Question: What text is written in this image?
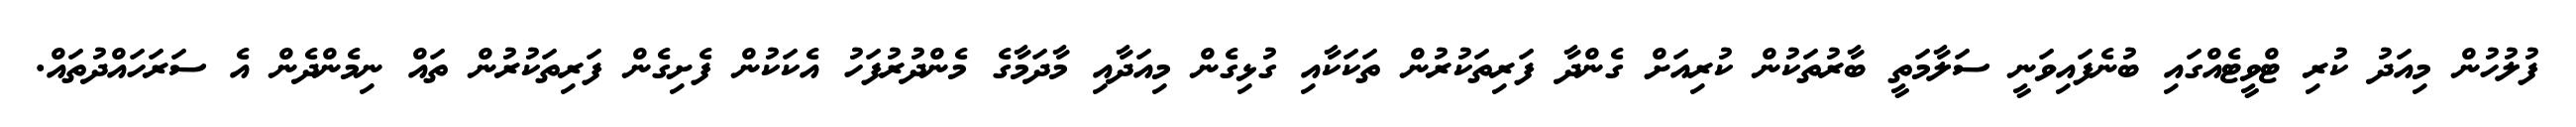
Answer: ފުލުހުން މިއަދު ކުރި ޓްވީޓެއްގައި ބުނެފައިވަނީ ސަލާމަތީ ބާރުތަކުން ކުރިއަށް ގެންދާ ފަރިތަކުރުން ތަކަކާއި ގުޅިގެން މިއަދާއި މާދަމާގެ މެންދުރުފަހު އެކަކުން ފެށިގެން ފަރިތަކުރުން ތައް ނިމެންދެން އެ ސަރަހައްދުތައް.